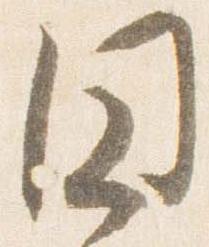
円